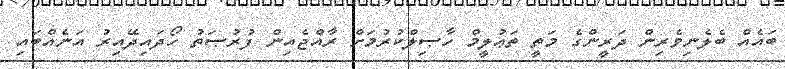
ބައެއް ބެލެނިވެރިން ދަރީންގެ މަތީ ތަޢުލީމް ހާޞިލްކުރުމަށް ރާއްޖެއިން ފުރުޞަތު ހޯދައިދޭއިރު އަނެއްބައި